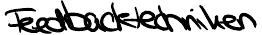
Feedbacktechniken